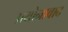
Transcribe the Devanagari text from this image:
प्रयोनावाद